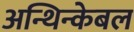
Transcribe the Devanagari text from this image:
अन्थिन्केबल